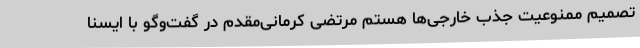
تصمیم ممنوعیت جذب خارجی‌ها هستم مرتضی کرمانی‌مقدم در گفت‌وگو با ایسنا